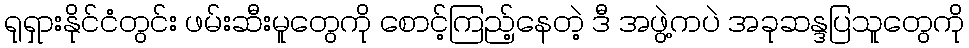
ရုရှားနိုင်ငံတွင်း ဖမ်းဆီးမူတွေကို စောင့်ကြည့်နေတဲ့ ဒီ အဖွဲ့ကပဲ အခုဆန္ဒပြသူတွေကို